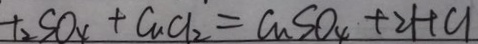
+ _ { 2 } S O _ { 4 } + C a C l _ { 2 } = C u S O _ { 4 } + 2 H C l